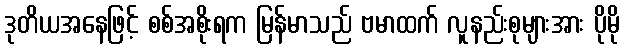
ဒုတိယအနေဖြင့် စစ်အစိုးရက မြန်မာသည် ဗမာထက် လူနည်းစုများအား ပိုမို